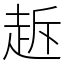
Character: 䞣